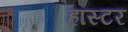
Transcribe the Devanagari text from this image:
हॉस्टर